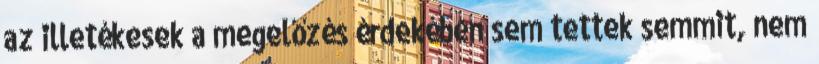
az illetékesek a megelőzés érdekében sem tettek semmit, nem